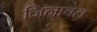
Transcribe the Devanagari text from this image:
जिनाबत